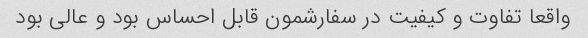
واقعا تفاوت و کیفیت در سفارشمون قابل احساس بود و عالی بود